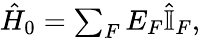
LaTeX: \begin{array}{r}{\hat{H}_{0}=\sum_{F}E_{F}\hat{\mathbb{I}}_{F},}\end{array}